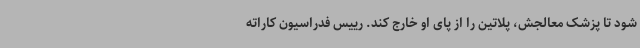
شود تا پزشک معالجش، پلاتین را از پای او خارج کند. رییس فدراسیون کاراته